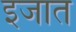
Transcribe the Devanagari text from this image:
इजात